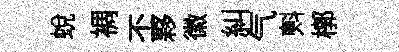
蜕裯丕夥徽糾气㪺槨